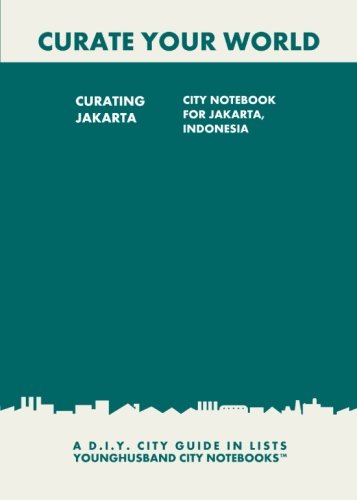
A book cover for Curating Jakarta: City Notebook For Jakarta, Indonesia: A D.I.Y. City Guide In Lists (Curate Your World); Younghusband City Notebooks; Travel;